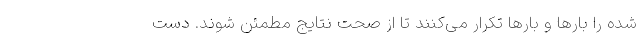
شده را بارها و بارها تکرار می‌کنند تا از صحت نتایج مطمئن شوند. دست